Annual report of the Civil Veterinary Department, Bengal, for the year 1897-98 - 1897-1898
Year: 1897
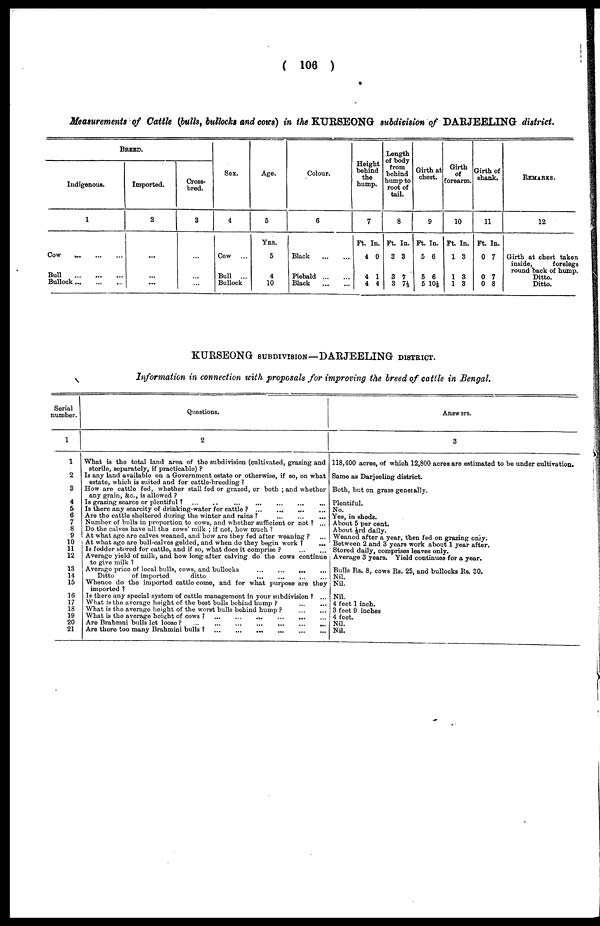
(106)
Measurements of Cattle (bulls, bullocks and cows) in the KURSEONG subdivision of DARJEELING district.
BREED.
Indigenous.
1
Cow
...
...
...
Bull
...
...
...
Bullock
...
...
...
Imported.
2
...
...
...
Cross-
bred.
3
...
...
...
Sex.
4
Cow ...
Bull
...
Bullock
Age.
5
Yrs.
5
4
10
Colour.
6
Black
...
...
Piebald
...
...
Black
...
...
Height
behind
the
hump.
7
Ft. In.
4 0
4 1
4 4
Length
of body
from
behind
hump to
root of
tail.
8
Ft. In.
3 3
3 7
3 71/3
Girth at
chest.
9
Ft. In.
5 6
5 6
5 10½
Girth
of
forearm.
10
Ft. In.
1 3
1 3
1 3
Girth of
shank.
11
Ft. In.
0 7
0 7
0 8
REMARKS.
12
Girth at chest taken
inside,
forelegs
round back of hump.
Ditto.
Ditto.
KURSEONG subdivision—DAEJEELING district.
Information in connection with proposals for improving the breed of cattle in Bengal.
Serial
number.
1
1
2
3
4
5
6
7
8
9
10
11
12
13
14
15
16
17
18
19
20
21
Questions.
2
What is the total land area of the subdivision (cultivated, grazing and
sterile, separately, if practicable)?
Is any land available on a Government estate or otherwise, if so, on what
estate, which is suited and for cattle-breeding?
How are cattle fed, whether stall fed or grazed, or both; and whether
any grain, &c., is allowed?
Is grazing scarce or plentiful?
...
... ... ... ... ... ...
Is there any scarcity of drinking-water for cattle?
...
...
...
...
...
Are the cattle sheltered during the winter and rain? ... ... ...
Number of bulls in proportion to cows, and whether sufficient or not? ...
Do the calves have all the cows' milk; if not, how much?
At what age are calves weaned, and how are they fed after weaning? ...
At what age are bull-calves gelded, and when do they begin work? ...
Is fodder stored for cattle, and if so, what does it comprise? ... ...
Average yield of milk, and how long after calving do the cows continue
to give milk?
Average price of local bulls, cows, and bullocks
... ... ... ...
Ditto
of imported
ditto ... ... ...
Whenco do the imported cattle come, and for what purpose are they
imported?
Is there any special system of cattle management in your subdivision? ...
What is the average height of the best bulls behind
hump?
...
...
What is the average height of the worst bulls behind hump?
...
...
What is the average height of cows?
...
..
....
...
...
...
Are Brahmni bulls let loose?
...
...
...
...
...
...
...
Are there too many Brahmini bulls ? ...
...
...
... ...
Answars.
3
118,400 acres, of which 12,800 acres are estimated to be under cultivation.
Same as Darjeeling district.
Both, but on grass generally.
Plentiful.
No.
Yes, in sheds.
About 5 per cent.
About 1/3rd daily.
Weaned after a year, then fed on grazing only.
Between 2 and 3 years work about 1 year after.
Stored daily, comprises leaves only.
Average 3 years. Yield continues for a year.
Bulls Rs. 8, cows Rs. 25. and bullocks Rs. 30.
Nil.
Nil.
Nil.
4 feet 1 inch.
3 feet 9 inches
4 feet.
Nil.
Nil.